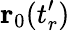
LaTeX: \mathbf{r}_{0}(t_{r}^{\prime})